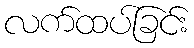
လက်ထပ်ခြင်း